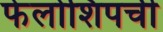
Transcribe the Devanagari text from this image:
फेलोशिपची